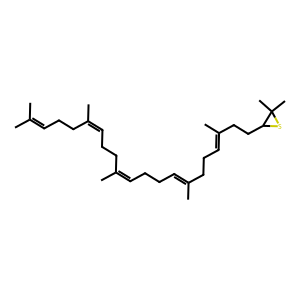
SMILES: CC(C)=CCCC(C)=CCCC(C)=CCCC=C(C)CCC=C(C)CCC1SC1(C)C
Inhibits HIV replication: No